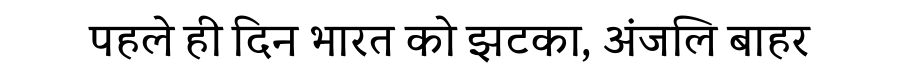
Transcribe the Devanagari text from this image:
पहले ही दिन भारत को झटका, अंजलि बाहर